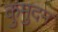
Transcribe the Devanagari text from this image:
कुमुदम